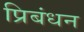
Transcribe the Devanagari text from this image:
प्रिबंधन